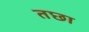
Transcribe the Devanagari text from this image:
तछा